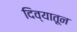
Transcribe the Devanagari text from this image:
दिव्यातून